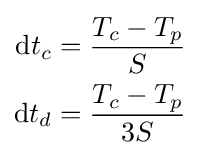
{\begin{aligned}\mathrm {d} t_{c}&={\frac {T_{c}-T_{p}}{S}}\\\mathrm {d} t_{d}&={\frac {T_{c}-T_{p}}{3S}}\end{aligned}}